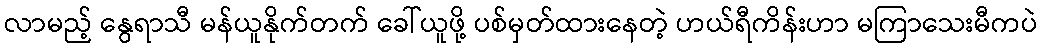
လာမည့် နွေရာသီ မန်ယူနိုက်တက် ခေါ်ယူဖို့ ပစ်မှတ်ထားနေတဲ့ ဟယ်ရီကိန်းဟာ မကြာသေးမီကပဲ